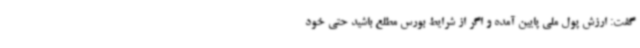
گفت: ارزش پول ملی پایین آمده و اگر از شرایط بورس مطلع باشید حتی خود